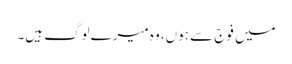
میں فوج سے ہوں، وہ میرے لوگ ہیں۔